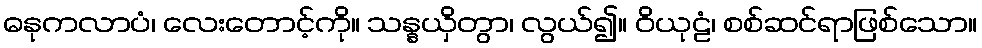
ဓနုကလာပံ၊ လေးတောင့်ကို။ သန္နယှိတွာ၊ လွယ်၍။ ဝိယုဠံ၊ စစ်ဆင်ရာဖြစ်သော။